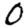
Digit: 0